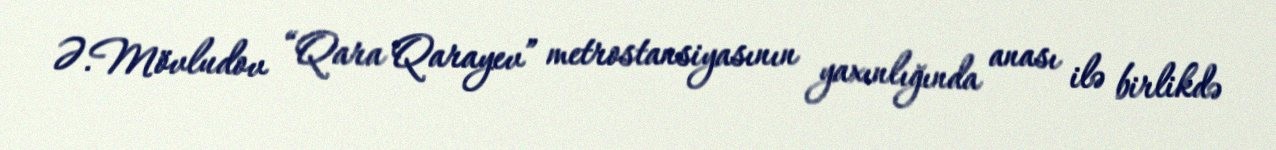
Ə.Mövludov “Qara Qarayev” metrostansiyasının yaxınlığında anası ilə birlikdə